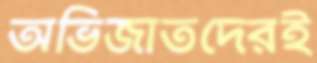
অভিজাতদেরই